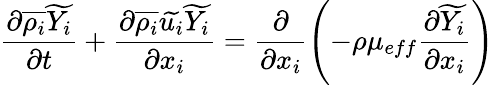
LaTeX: \frac{\partial\overline{{\rho_{i}}}\widetilde{Y_{i}}}{\partial t}+\frac{\partial\overline{{\rho_{i}}}\widetilde{u_{i}}\widetilde{Y_{i}}}{\partial x_{i}}=\frac{\partial}{\partial{x_{i}}}\left(-\rho\mu_{eff}\frac{\partial\widetilde{Y_{i}}}{\partial{x_{i}}}\right)